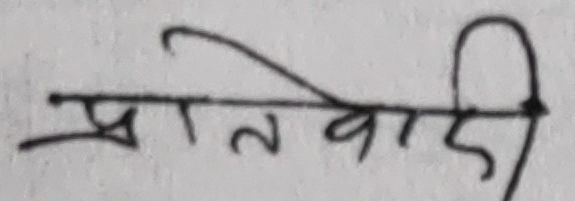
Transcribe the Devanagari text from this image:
प्रतिवादी